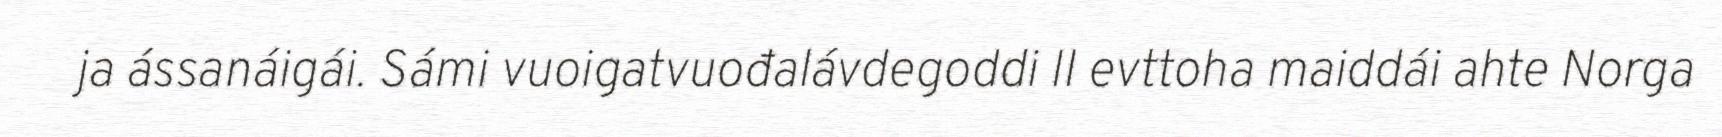
ja ássanáigái. Sámi vuoigatvuođalávdegoddi II evttoha maiddái ahte Norga